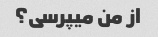
از من میپرسی؟